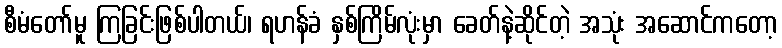
စီမံတော်မူ ကြခြင်းဖြစ်ပါတယ်၊ ရဟန်ခံ နှစ်ကြိမ်လုံးမှာ ခေတ်နဲ့ဆိုင်တဲ့ အသုံး အဆောင်ကတော့